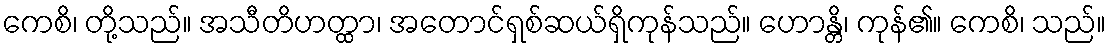
ကေစိ၊ တို့သည်။ အသီတိဟတ္ထာ၊ အတောင်ရှစ်ဆယ်ရှိကုန်သည်။ ဟောန္တိ၊ ကုန်၏။ ကေစိ၊ သည်။